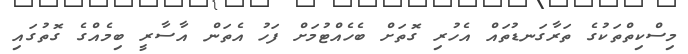
މިސްކިތްތަކުގެ ތަރާގަނޑުތައް އެހުރި ގޮތަށް ބެހެއްޓުމަށް ފަހު އެތަން އާސާރީ ބިމެއްގެ ގޮތުގައި